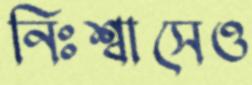
নিঃশ্বাসেও